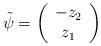
LaTeX: \begin{align*}\tilde{\psi}=\left( \begin{array}{c} -z_{2}\\ z_{1}\end{array} \right)\end{align*}